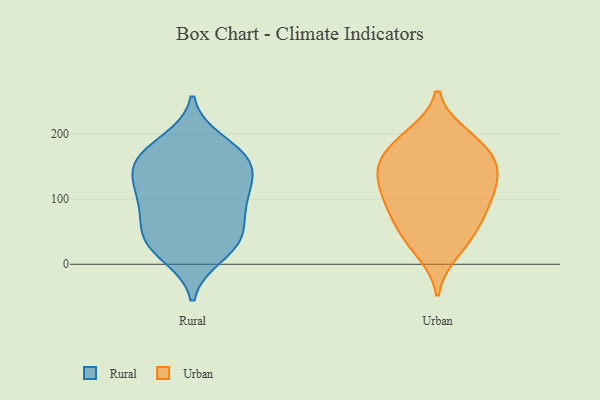
{"axis": {"x": "Budget (USD K)", "y": "Value"}, "legend": ["Rural", "Urban"], "data": [{"x": "", "y": 38, "type": "Rural"}, {"x": "", "y": 168, "type": "Rural"}, {"x": "", "y": 146, "type": "Rural"}, {"x": "", "y": 148, "type": "Rural"}, {"x": "", "y": 188, "type": "Rural"}, {"x": "", "y": 33, "type": "Rural"}, {"x": "", "y": 30, "type": "Rural"}, {"x": "", "y": 72, "type": "Rural"}, {"x": "", "y": 106, "type": "Rural"}, {"x": "", "y": 167, "type": "Rural"}, {"x": "", "y": 161, "type": "Rural"}, {"x": "", "y": 107, "type": "Rural"}, {"x": "", "y": 14, "type": "Rural"}, {"x": "", "y": 122, "type": "Rural"}, {"x": "", "y": 55, "type": "Rural"}, {"x": "", "y": 93, "type": "Rural"}, {"x": "", "y": 64, "type": "Urban"}, {"x": "", "y": 135, "type": "Urban"}, {"x": "", "y": 179, "type": "Urban"}, {"x": "", "y": 199, "type": "Urban"}, {"x": "", "y": 112, "type": "Urban"}, {"x": "", "y": 18, "type": "Urban"}, {"x": "", "y": 198, "type": "Urban"}, {"x": "", "y": 31, "type": "Urban"}, {"x": "", "y": 73, "type": "Urban"}, {"x": "", "y": 146, "type": "Urban"}, {"x": "", "y": 146, "type": "Urban"}, {"x": "", "y": 138, "type": "Urban"}, {"x": "", "y": 163, "type": "Urban"}, {"x": "", "y": 50, "type": "Urban"}, {"x": "", "y": 102, "type": "Urban"}, {"x": "", "y": 173, "type": "Urban"}, {"x": "", "y": 107, "type": "Urban"}, {"x": "", "y": 86, "type": "Urban"}]}